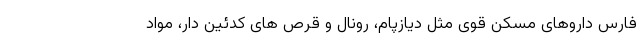
فارس داروهای مسکن قوی مثل دیازپام، رونال و قرص های کدئین دار، مواد